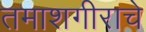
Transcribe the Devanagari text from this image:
तमाशगीराचे